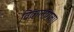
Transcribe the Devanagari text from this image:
विकलांगता।